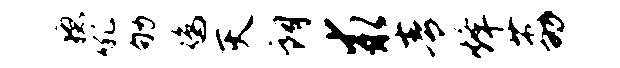
稳吼劬鸡灭朗求青烽荔